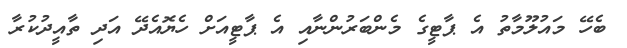
ބެހޭ މައުލޫމާތު އެ ޕާޓީގެ މެންބަރުންނާއި އެ ޕާޓީއަށް ހެޔޮއެދޭ އަދި ތާއީދުކުރާ